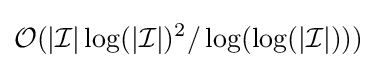
{\mathcal {O}}(|{\mathcal {I}}|\log(|{\mathcal {I}}|)^{2}/\log(\log(|{\mathcal {I}}|)))